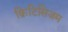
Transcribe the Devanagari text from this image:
क्रिटिसिज़म